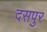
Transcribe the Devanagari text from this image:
दसपुर